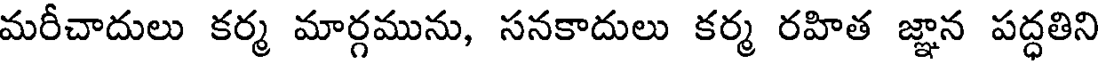
మరీచాదులు కర్మ మార్గమును, సనకాదులు కర్మ రహిత జ్ఞాన పద్ధతిని